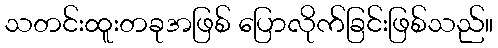
သတင်းထူးတခုအဖြစ် ပြောလိုက်ခြင်းဖြစ်သည်။